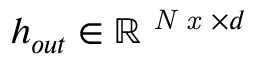
h _ { o u t } \in \mathbb { R } ^ { \textit { N x } \times d }